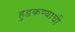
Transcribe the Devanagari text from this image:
हुडकण्याची